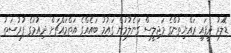
ޑޮލަރު ދީފައި ރައްޔިތުންގެ މަޖިލީސް ގަނެލުމުން ގައުމު ބައެއްގެ އަތްމައްޗަށް ދިއުމުގެ ފުރުސަތު